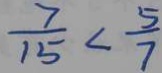
\frac { 7 } { 1 5 } < \frac { 5 } { 7 }